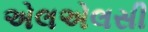
એલએલસી